Manual of the Civil Veterinary Department, Central Provinces and Berar
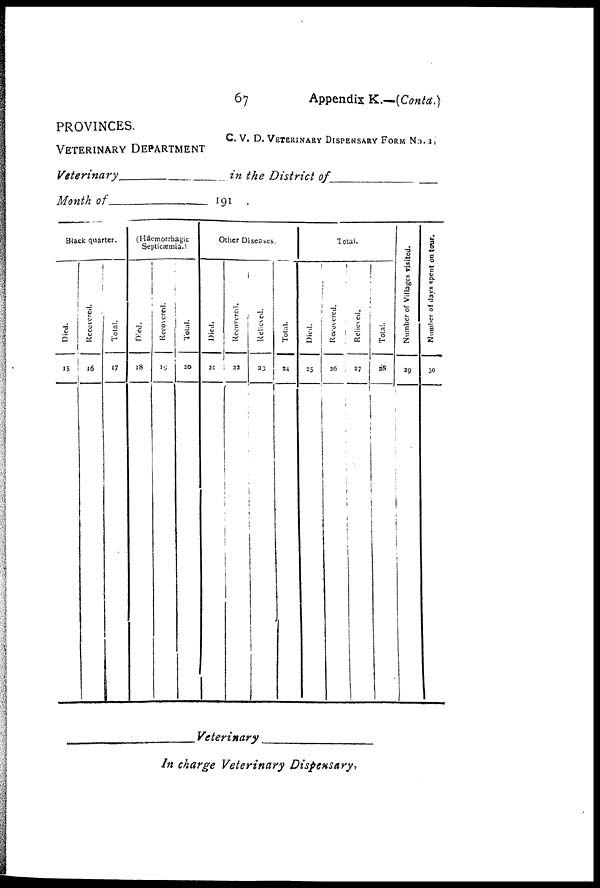
67
Appendix K.—(Conta.)
PROVINCES.
C. V. D. VETERINARY DISPENSARY FORM No. 2.
VETERINARY DEPARTMENT
Veterinary
in the District of
Month of
191
Black quarter.
Died.
15
Recovered.
16
Total.
17
(Hæmorrhagic
Septicæmia.)
Died.
18
Recovered.
19
Total.
20
Other Diseases
Died.
21
Recovered.
22
Relieved.
23
Total.
24
Total.
Died.
25
Recovered.
26
Relieved.
27
Total.
28
Number of Villages visited.
29
Number of days spent on tour.
30
Veterinary
In charge Veterinary Dispensary,